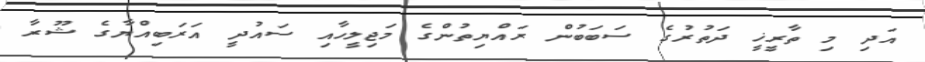
އަދި މި ތާރީޚީ ދަތުރުގެ ސަބަބުން ރައްޔިތުންގެ މަޖިލީހާއި ސައުދީ އަރަބިއްޔާގެ ޝޫރާ